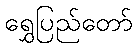
ရွှေပြည်တော်